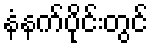
နံနက်ပိုင်းတွင်